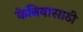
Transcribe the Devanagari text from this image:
केनियासाठी